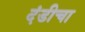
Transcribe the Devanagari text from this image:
दंडीचा